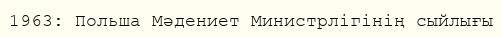
1963: Польша Мәдениет Министрлігінің сыйлығы